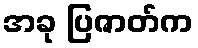
အခု ပြဇာတ်က